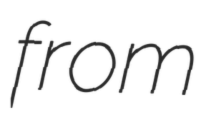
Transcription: from